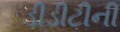
ડીડીટીની